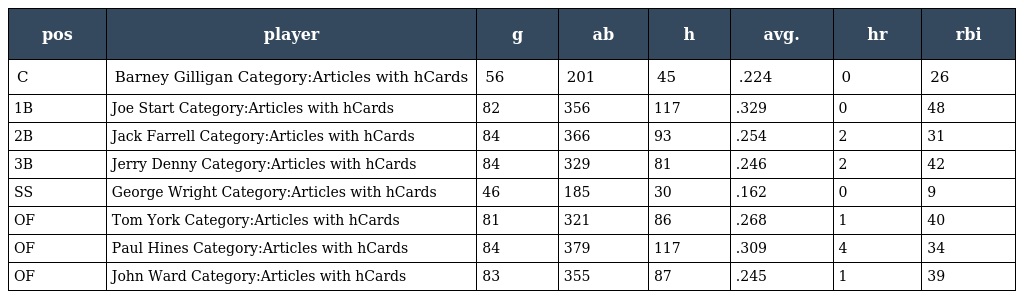
| pos | player | g | ab | h | avg. | hr | rbi |
 | --- | --- | --- | --- | --- | --- | --- | --- |
 | C | Barney Gilligan Category:Articles with hCards | 56 | 201 | 45 | .224 | 0 | 26 |
 | 1B | Joe Start Category:Articles with hCards | 82 | 356 | 117 | .329 | 0 | 48 |
 | 2B | Jack Farrell Category:Articles with hCards | 84 | 366 | 93 | .254 | 2 | 31 |
 | 3B | Jerry Denny Category:Articles with hCards | 84 | 329 | 81 | .246 | 2 | 42 |
 | SS | George Wright Category:Articles with hCards | 46 | 185 | 30 | .162 | 0 | 9 |
 | OF | Tom York Category:Articles with hCards | 81 | 321 | 86 | .268 | 1 | 40 |
 | OF | Paul Hines Category:Articles with hCards | 84 | 379 | 117 | .309 | 4 | 34 |
 | OF | John Ward Category:Articles with hCards | 83 | 355 | 87 | .245 | 1 | 39 |